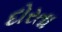
દોરતા